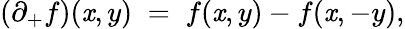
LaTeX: (\partial_{+}f)(\mathit{x},y)\; =\; f(\mathit{x},y)-f(\mathit{x},-y),